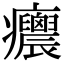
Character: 𤼝